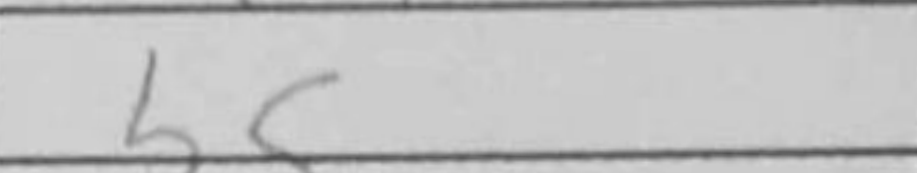
Transcription: b5